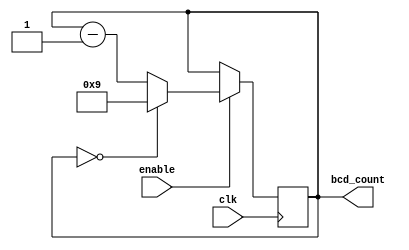
module BCD_Down_Counter_with_Enable(
    input wire clk,
    input wire enable,
    output reg [3:0] bcd_count
);

always @(posedge clk) begin
    if(enable) begin
        if(bcd_count == 0) begin
            bcd_count <= 9;
        end else begin
            bcd_count <= bcd_count - 1;
        end
    end
end

endmodule